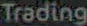
Trading